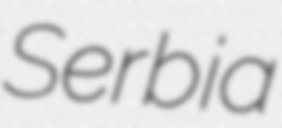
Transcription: Serbia